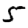
Digit: 5